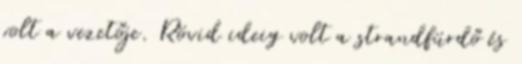
volt a vezetője. Rövid ideig volt a strandfürdő és